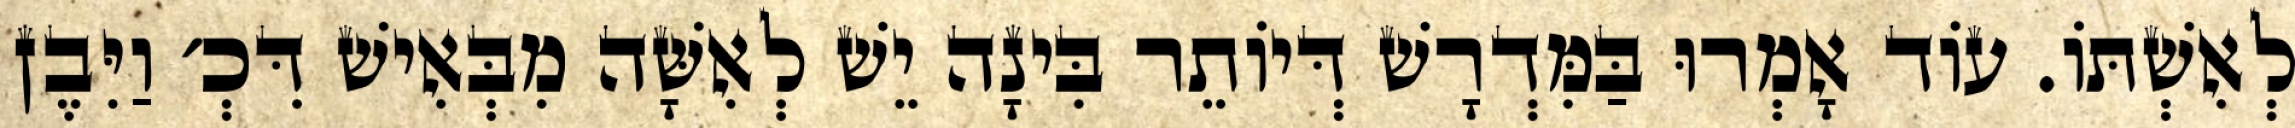
לְאִשְׁתּוֹ. עוֹד אָמְרוּ בַּמִּדְרָשׁ דְּיוֹתֵר בִּינָה יֵשׁ לְאִשָּׁה מִבְּאִישׁ דִּכְ׳ וַיִּבֶן